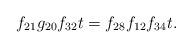
LaTeX: \begin{align*}f_{21}g_{20}f_{32}t &= f_{28}f_{12}f_{34}t. \end{align*}